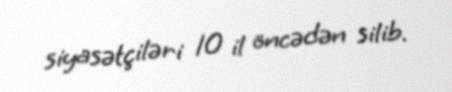
siyasətçiləri 10 il öncədən silib.